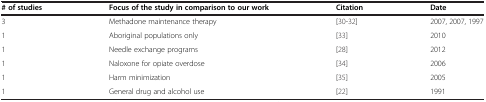
<table><thead><tr><td><b># of studies</b></td><td><b>Focus of the study in comparison to our work</b></td><td><b>Citation</b></td><td><b>Date</b></td></tr></thead><tbody><tr><td>3</td><td>Methadone maintenance therapy</td><td>[30-32]</td><td>2007, 2007, 1997</td></tr><tr><td>1</td><td>Aboriginal populations only</td><td>[33]</td><td>2010</td></tr><tr><td>1</td><td>Needle exchange programs</td><td>[28]</td><td>2012</td></tr><tr><td>1</td><td>Naloxone for opiate overdose</td><td>[34]</td><td>2006</td></tr><tr><td>1</td><td>Harm minimization</td><td>[35]</td><td>2005</td></tr><tr><td>1</td><td>General drug and alcohol use</td><td>[22]</td><td>1991</td></tr></tbody></table>